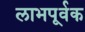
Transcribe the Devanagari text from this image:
लाभपूर्वक